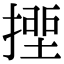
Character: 𢲖